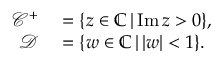
\begin{array} { r l } { \mathcal { C } ^ { + } } & { { } = \{ z \in \mathbb { C } \, | \, \mathrm { I m } \, z > 0 \} , } \\ { \mathcal { D } } & { { } = \{ w \in \mathbb { C } \, | \, | w | < 1 \} . } \end{array}